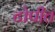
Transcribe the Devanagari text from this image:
टोपीत